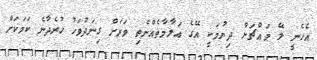
އެހެނީ ލޭ މައްޗަށް ދިޔުމަކީ އޭގެ އަލާމާތެއްނެތި ވަރަށް ގިނަދުވަހު ހުރެދާނެ ކަމަކަށް